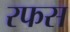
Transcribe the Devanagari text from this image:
रफस